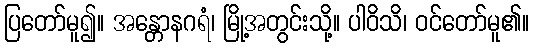
ပြတော်မူ၍။ အန္တောနဂရံ၊ မြို့အတွင်းသို့။ ပါဝိသိ၊ ဝင်တော်မူ၏။